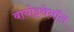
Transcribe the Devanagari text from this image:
बायोइथेनॉल